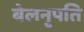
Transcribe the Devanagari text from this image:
बेलनृपति